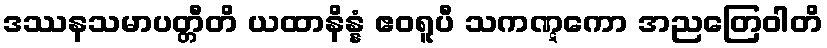
ဒဿနသမာပတ္တီတိ ယထာနိန္နံ ဧဝရူပီ သကဏ္ဋကော အညတြေဝါတိ